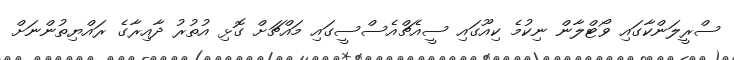
ސްރީލަންކާގައި ވޯޓްލާން ނިކުމެ ކިއޫގައި ސީއެޗްއެސްސީގައި މައްޗަށް ގޮޅި އުތުރު ދާއިރާގެ ރައްޔިތުންނަށް